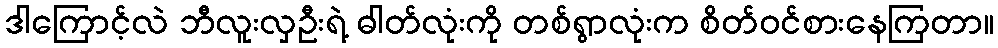
ဒါကြောင့်လဲ ဘီလူးလှဦးရဲ့ ဓါတ်လုံးကို တစ်ရွာလုံးက စိတ်ဝင်စားနေကြတာ။